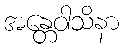
အန္တေဝါသိနာ